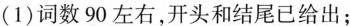
(1)词数90左右，开头和结尾已给出；